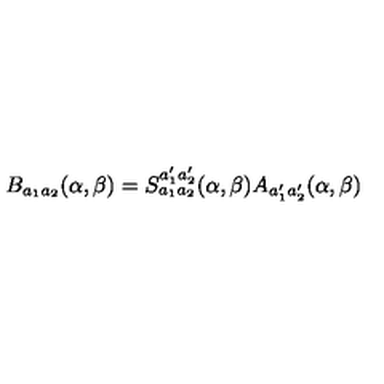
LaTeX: B _ { a _ { 1 } a _ { 2 } } ( \alpha , \beta ) = S _ { a _ { 1 } a _ { 2 } } ^ { a _ { 1 } ^ { \prime } a _ { 2 } ^ { \prime } } ( \alpha , \beta ) A _ { a _ { 1 } ^ { \prime } a _ { 2 } ^ { \prime } } ( \alpha , \beta )